Scottish Leaving Certificate Examination, 1955
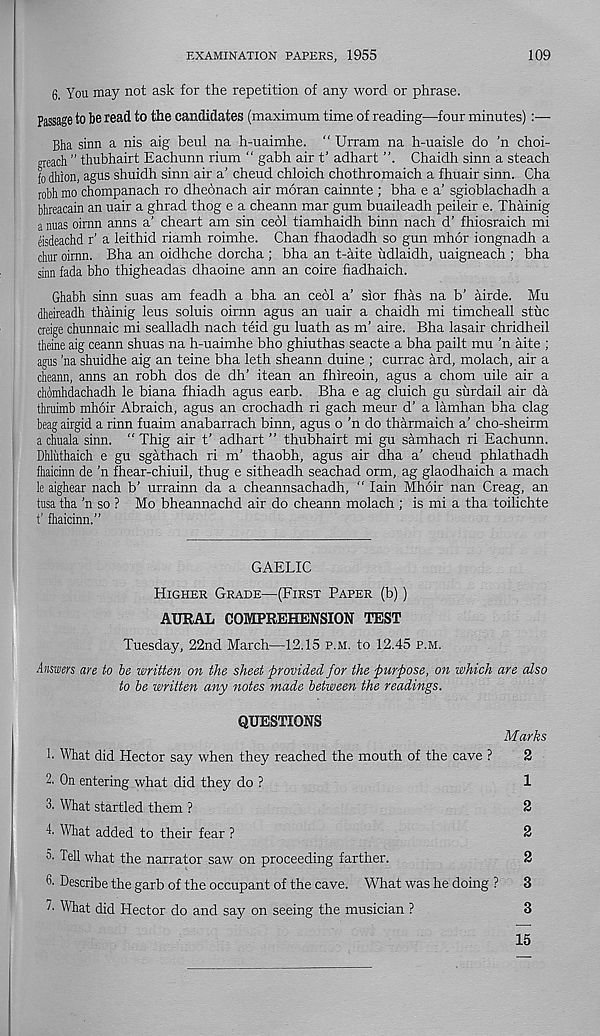
EXAMINATION PAPERS, 1955
109
6, You may not ask for the repetition of any word or phrase.
Passage to be read to the candidates (maximum time of reading—four minutes):—
Bha sinn a nis aig beul na h-uaimhe. “ Urram na h-uaisle do 'n choi-
neach ” thubhairt Eachunn rium " gabh air t’ adhart
Chaidh sinn a steach
fo dhion, agus shuidh sinn air a’ cheud chloich chothromaich a fhuair sinn. Cha
robh mo chompanach ro dheonach air moran cainnte ; bha e a’ sgioblachadh a
bhreacain an uair a ghrad thog e a cheann mar gum buaileadh peileir e. Thainig
a mias oirnn anns a’ cheart am sin ceol tiamhaidh binn nach d’ fhiosraich mi
eisdeachd r’ a leithid riamh roimhe. Chan fhaodadh so gun mhor iongnadh a
chur oirnn. Bha an oidhche dorcha ; bha an t-aite udlaidh, uaigneach ; bha
sinn fada bho thigheadas dhaoine ann an coire fiadhaich.
Ghabh sinn suas am feadh a bha an ceol a’ sior fhas na b’ airde. Mu
dheireadh thainig leus soluis oirnn agus an uair a chaidh mi timcheall stuc
creige chunnaic mi sealladh nach teid gu luath as m’ aire. Bha lasair chridheil
theine aig ceann shuas na h-uaimhe bho ghiuthas seacte a bha pailt mu ’n aite ;
agus ’na shuidhe aig an teine bha leth sheann duine ; currac ard, molach, air a
cheann, anns an robh dos de dh’ itean an fhireoin, agus a chom uile air a
chomhdachadh le biana fhiadh agus earb. Bha e ag cluich gu surdail air da
thruimb mhoir Abraich, agus an crochadh ri gach meur d’ a lamhan bha clag
beag airgid a rinn fuaim anabarrach binn, agus o ’n do tharmaich a’ cho-sheirm
a chuala sinn. “ Thig air t’ adhart ” thubhairt mi gu samhach ri Eachunn.
Dhluthaich e gu sgathach ri m’ thaobh, agus air dha a’ cheud phlathadh
fhaicinn de ’n fhear-chiuil, thug e sitheadh seachad orm, ag glaodhaich a mach
le aighear nach b’ urrainn da a cheannsachadh, “ Iain Mhoir nan Creag, an
tusa tha ’n so ? Mo bheannachd air do cheann molach ; is mi a tha toilichte
t’ fhaicinn."
GAELIC
Higher Grade—(First Paper (b))
AURAL COMPREHENSION TEST
Tuesday, 22nd March—12.15 p.m. to 12.45 p.m.
Answers are to be written on the sheet provided for the purpose, on which are also
to be written any notes made between the readings.
QUESTIONS
Marks
h What did Hector say when they reached the mouth of the cave ?
2
2. On entering what did they do ?
1
3. What startled them ?
2
4. What added to their fear ?
2
Tell what the narrator saw on proceeding farther.
2
6. Describe the garb of the occupant of the cave. What was he doing ?
3
"■ What did Hector do and say on seeing the musician ?
3
15